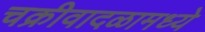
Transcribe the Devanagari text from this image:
चक्रीवादळामध्ये